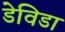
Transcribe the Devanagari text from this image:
डेविडा